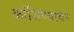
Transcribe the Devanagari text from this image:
कांजिण्यावर